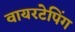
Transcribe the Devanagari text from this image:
वायरटेपिंग